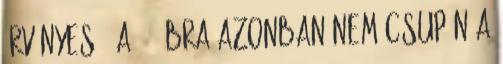
érvényes . A 3. ábra azonban nem csupán a